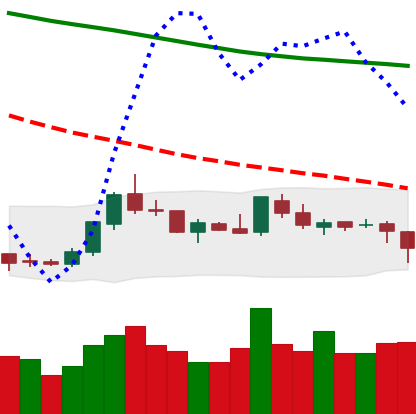
Ticker: LTC-USD
Chart end date: 2018-07-31
Forward return: -6.415%
Label: down_5_7